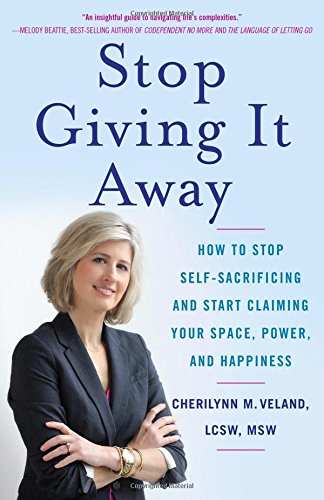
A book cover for Stop Giving It Away: How to Stop Self-Sacrificing and Start Claiming Your Space, Power, and Happiness; Cherilynn M. Veland LCSW  MSW; Self-Help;